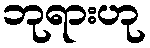
ဘုရားဟု